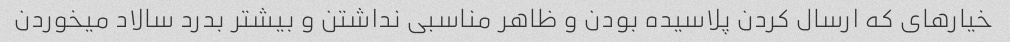
خیارهای که ارسال کردن پلاسیده بودن و ظاهر مناسبی نداشتن و بیشتر بدرد سالاد میخوردن